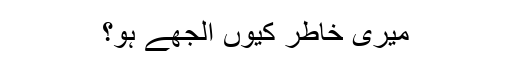
میری خاطر کیوں الجھے ہو؟